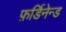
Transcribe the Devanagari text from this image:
फ़र्डिनेन्ड